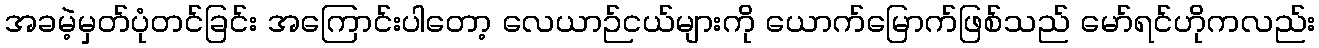
အခမဲ့မှတ်ပုံတင်ခြင်း အကြောင်းပါတော့ လေယာဉ်ငယ်များကို ယောက်မြောက်ဖြစ်သည် မော်ရင်ဟိုကလည်း